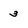
Character: 3